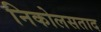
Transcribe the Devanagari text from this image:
निकोलसताद